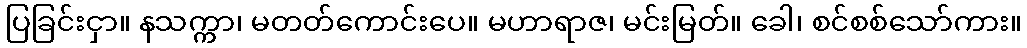
ပြခြင်းငှာ။ နသက္ကာ၊ မတတ်ကောင်းပေ။ မဟာရာဇ၊ မင်းမြတ်။ ခေါ၊ စင်စစ်သော်ကား။